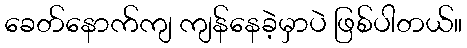
ခေတ်နောက်ကျ ကျန်နေခဲ့မှာပဲ ဖြစ်ပါတယ်။